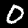
Label: 0